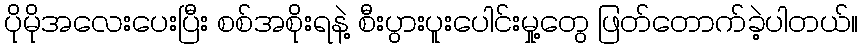
ပိုမိုအလေးပေးပြီး စစ်အစိုးရနဲ့ စီးပွားပူးပေါင်းမှု့တွေ ဖြတ်တောက်ခဲ့ပါတယ်။